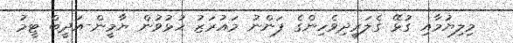
މިލިޔުމާއި ގުޅޭ ގެލަރީދިވެހިންގެ ފަންނު މައުރަޒު ހުޅުވުން ޔާމީން-އަދީބް ޓީމު